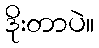
ဒိုးတာပဲ။